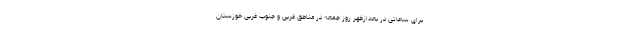
برای ساعاتی در بعدازظهر روز جمعه در مناطق غربی و جنوب غربی خوزستان